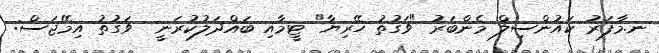
ނ.މާފަރު ކައުންސިލް މެންބަރު "ވަގުތު ހޭރިޔާ" ޓީމާއި ބައްދަލުކުރަނީ  ވަގުތު އިމޭޖަސް: